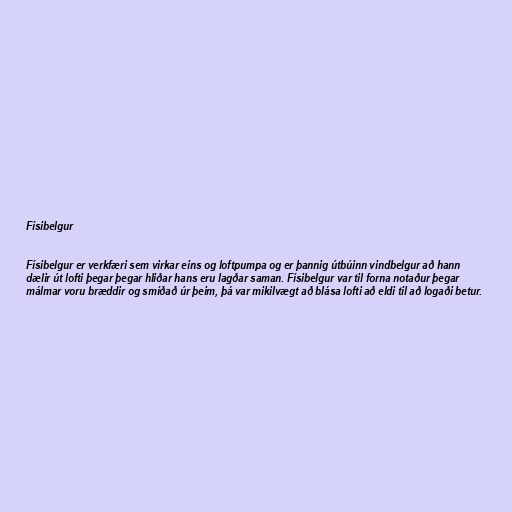
Físibelgur

Físibelgur er verkfæri sem virkar eins og loftpumpa og er þannig útbúinn vindbelgur að hann
dælir út lofti þegar þegar hliðar hans eru lagðar saman. Físibelgur var til forna notaður þegar
málmar voru bræddir og smíðað úr þeim, þá var mikilvægt að blása lofti að eldi til að logaði betur.